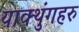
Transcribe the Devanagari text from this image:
याक्थुंगहरु